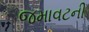
જમાવટની